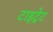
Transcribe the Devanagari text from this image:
टाइट्रेट